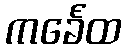
ကင်္ခေထ